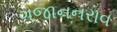
ગજાનનરાવ